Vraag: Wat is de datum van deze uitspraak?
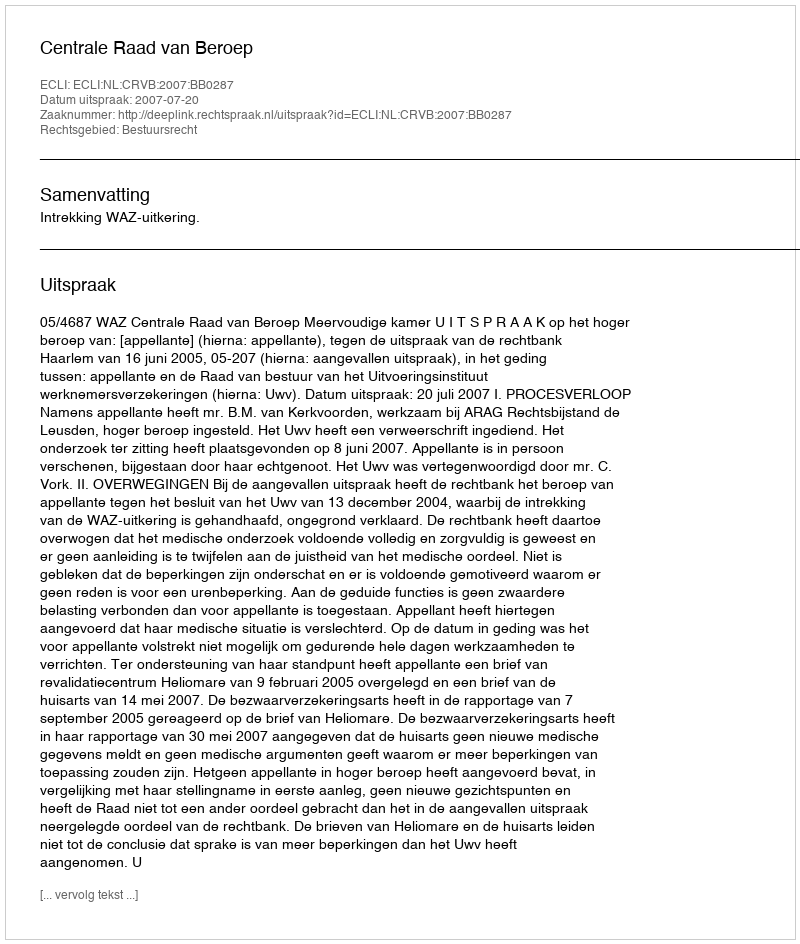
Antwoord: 2007-07-20